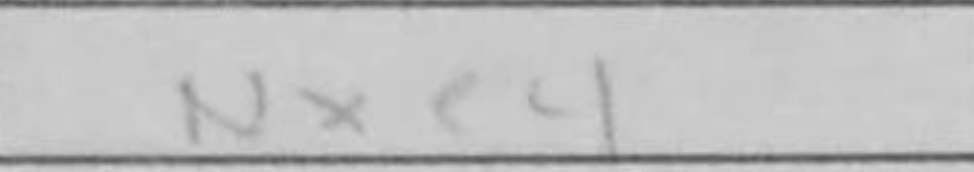
Transcription: Nxe4